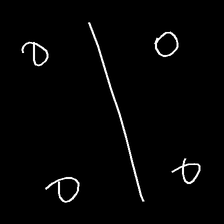
Glyph: cool